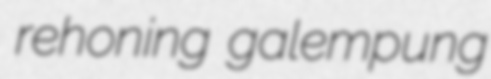
rehoning galempung